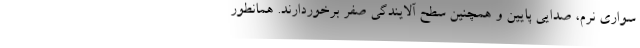
سواری نرم، صدایی پایین و همچنین سطح آلایندگی صفر برخوردارند. همانطور